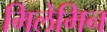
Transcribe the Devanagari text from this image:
मिलेमिन